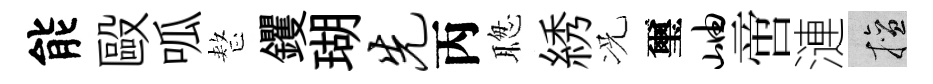
能毆呱整钁瑚先丙聦綉况璽岫啻漣擅